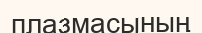
плазмасының